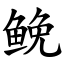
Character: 𩾃